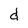
Character: d